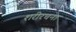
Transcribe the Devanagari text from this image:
शरीरचना